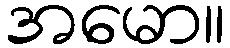
အမော။